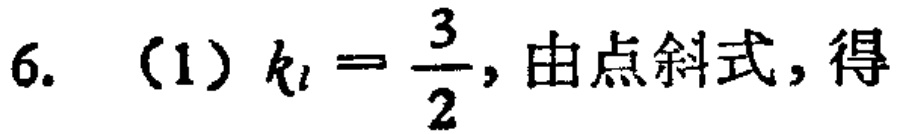
6. （1）$k_{l}=\frac{3}{2}$, 由点斜式, 得